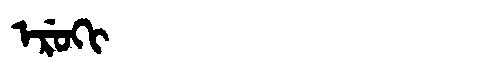
Manchu: ᡝᡵᡠᡴᡳ
Romanization: ERUKI